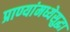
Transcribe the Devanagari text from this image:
प्राण्यांमध्येसुद्धा